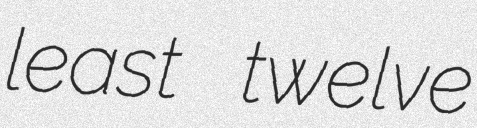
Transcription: least twelve